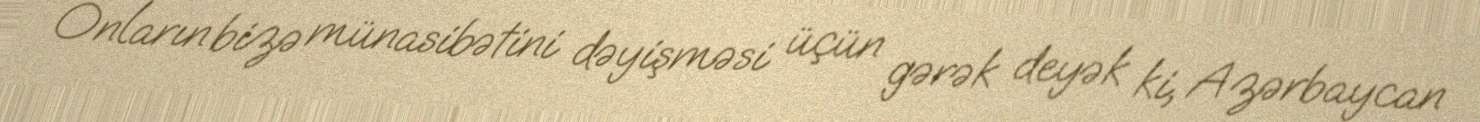
Onların bizə münasibətini dəyişməsi üçün gərək deyək ki, Azərbaycan